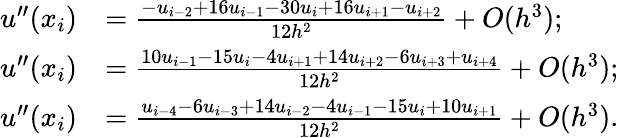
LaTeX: \begin{array}{rl}{u^{\prime\prime}(x_{i})}&{=\frac{-u_{i-2}+16u_{i-1}-30u_{i}+16u_{i+1}-u_{i+2}}{12h^{2}}+O(h^{3});}\\ {u^{\prime\prime}(x_{i})}&{=\frac{10u_{i-1}-15u_{i}-4u_{i+1}+14u_{i+2}-6u_{i+3}+u_{i+4}}{12h^{2}}+O(h^{3});}\\ {u^{\prime\prime}(x_{i})}&{=\frac{u_{i-4}-6u_{i-3}+14u_{i-2}-4u_{i-1}-15u_{i}+10u_{i+1}}{12h^{2}}+O(h^{3}).}\end{array}